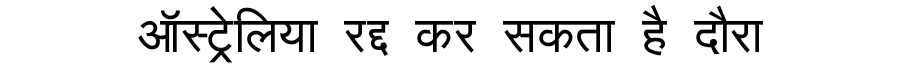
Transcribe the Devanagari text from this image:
ऑस्ट्रेलिया रद्द कर सकता है दौरा